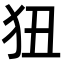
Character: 狃